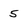
Character: 5